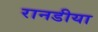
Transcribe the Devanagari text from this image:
रानडीया